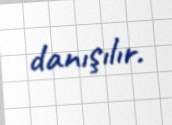
danışılır.